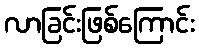
လာခြင်းဖြစ်ကြောင်း